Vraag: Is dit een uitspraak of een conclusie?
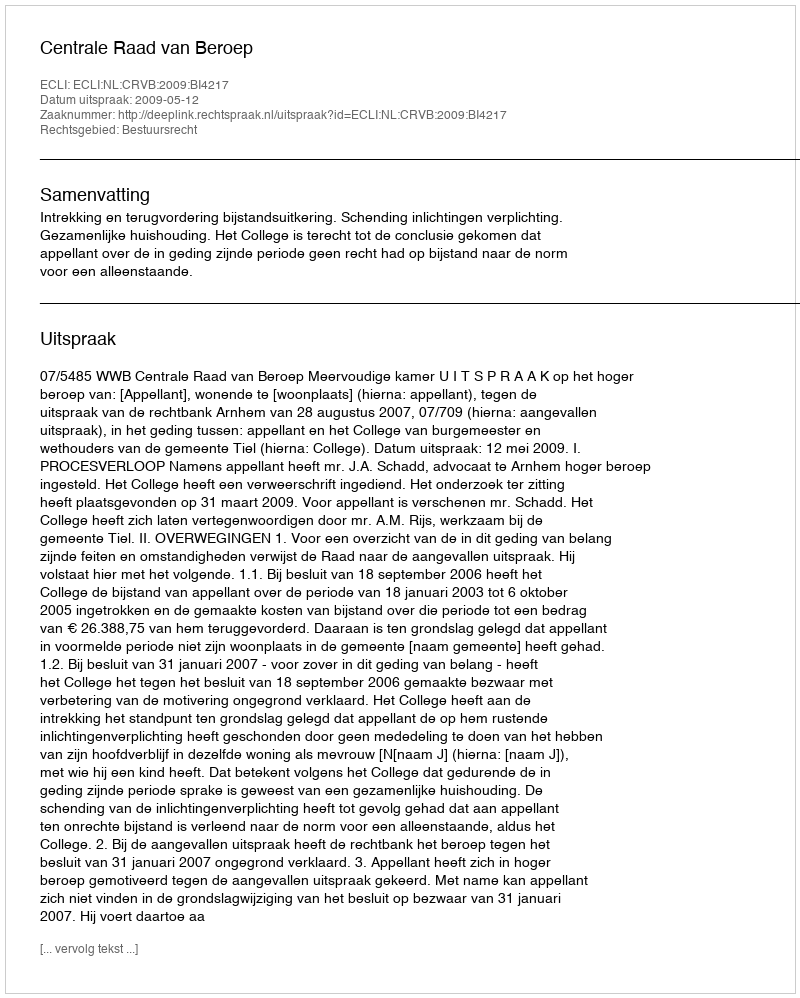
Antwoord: Uitspraak